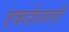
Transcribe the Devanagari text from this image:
एकदेववादी